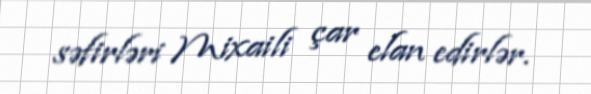
səfirləri Mixaili çar elan edirlər.